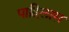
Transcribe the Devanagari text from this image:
पाहिलास